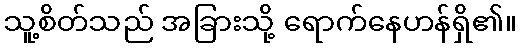
သူ့စိတ်သည် အခြားသို့ ရောက်နေဟန်ရှိ၏။